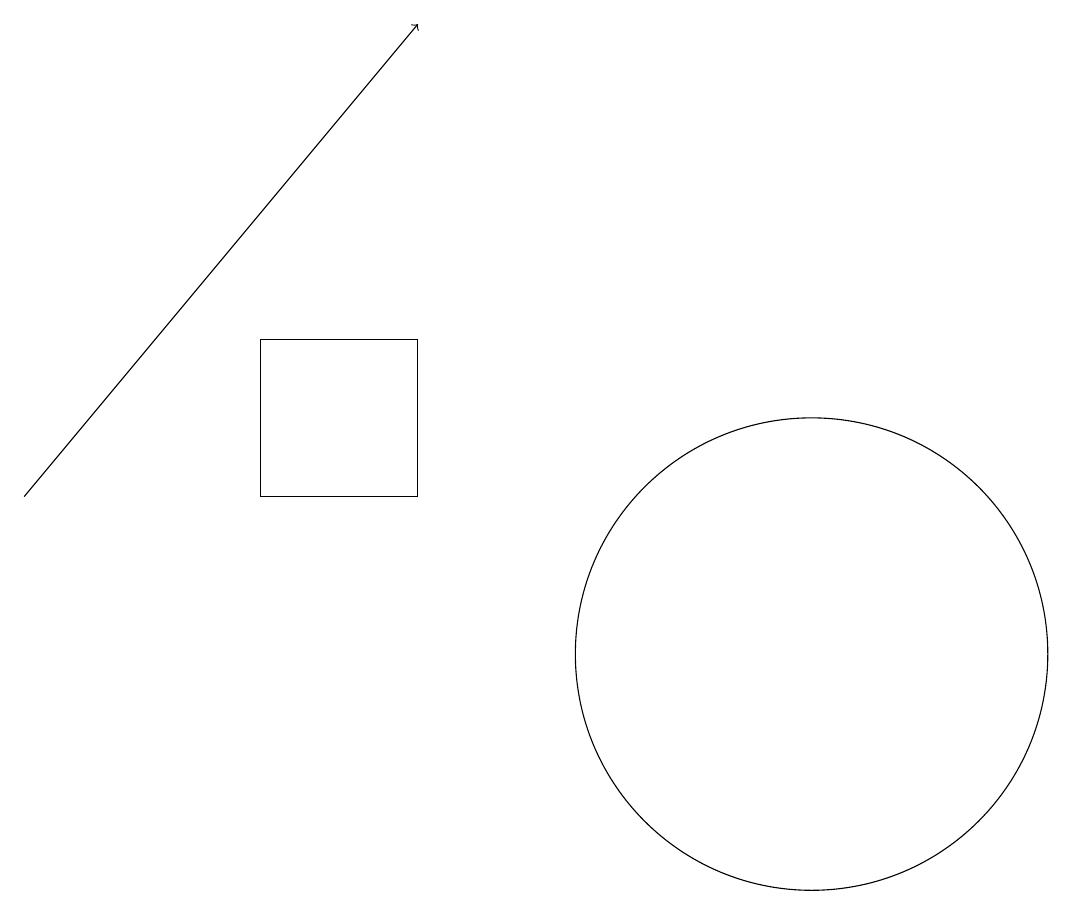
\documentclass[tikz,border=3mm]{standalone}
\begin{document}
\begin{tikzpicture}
\draw[->] (0,12) -- (5,18);
\draw (3,14) rectangle (5,12);
\draw (10,10) circle (3);
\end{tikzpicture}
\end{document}